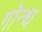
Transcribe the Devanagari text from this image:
गोन्ध